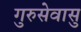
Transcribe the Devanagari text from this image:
गुरुसेवासु